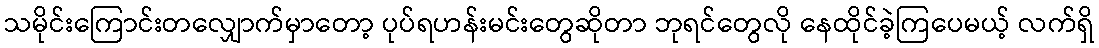
သမိုင်းကြောင်းတလျှောက်မှာတော့ ပုပ်ရဟန်းမင်းတွေဆိုတာ ဘုရင်တွေလို နေထိုင်ခဲ့ကြပေမယ့် လက်ရှိ